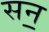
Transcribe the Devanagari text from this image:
सन॒